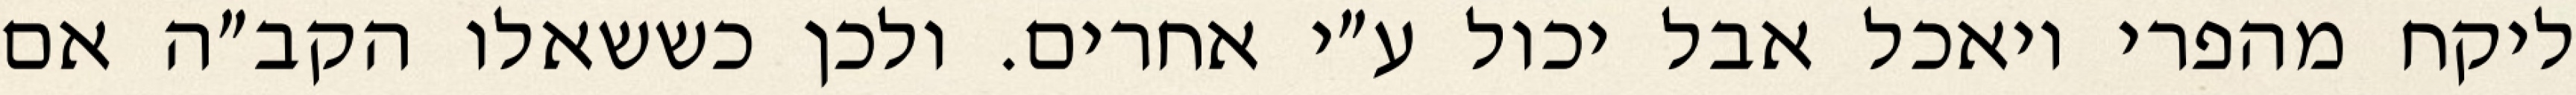
ליקח מהפרי ויאכל אבל יכול ע״י אחרים. ולכן כששאלו הקב״ה אם